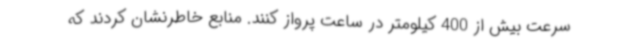
سرعت بیش از 400 کیلومتر در ساعت پرواز کنند. منابع خاطرنشان کردند که